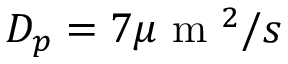
D _ { p } = 7 \mu \mathrm { ~ m ~ } ^ { 2 } / s